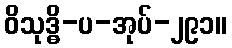
ဝိသုဒ္ဓိ-ပ-အုပ်-၂၉၁။